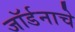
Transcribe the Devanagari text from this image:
जॉर्डनाचे